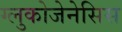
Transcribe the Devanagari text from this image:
ग्लुकोजेनेसिस